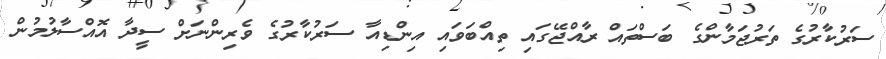
ސަރުކާރުގެ ތަރުޖަމާންގެ ބަސްތައް ރާއްޖޭގައި ތިއްބަވައި އިންޑިއާ ސަރުކާރުގެ ވެރިންނަށް ސީދާ އޮއްސާލުމުން